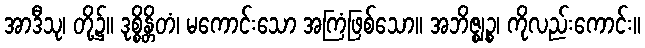
အာဒီသု၊ တို့၌။ ဒုစ္စိန္တိတံ၊ မကောင်းသော အကြံဖြစ်သော။ အဘိဇ္ဈဉ္စ၊ ကိုလည်းကောင်း။